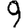
Digit: 9